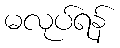
မလုပ်ရန်